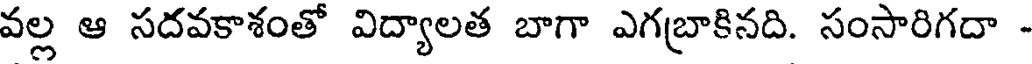
వల్ల ఆ సదవకాశంతో విద్యాలత బాగా ఎగబ్రాకినది. సంసారిగదా -